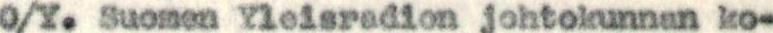
O/Y. Suomen Yleisradion johtokunnan ko-